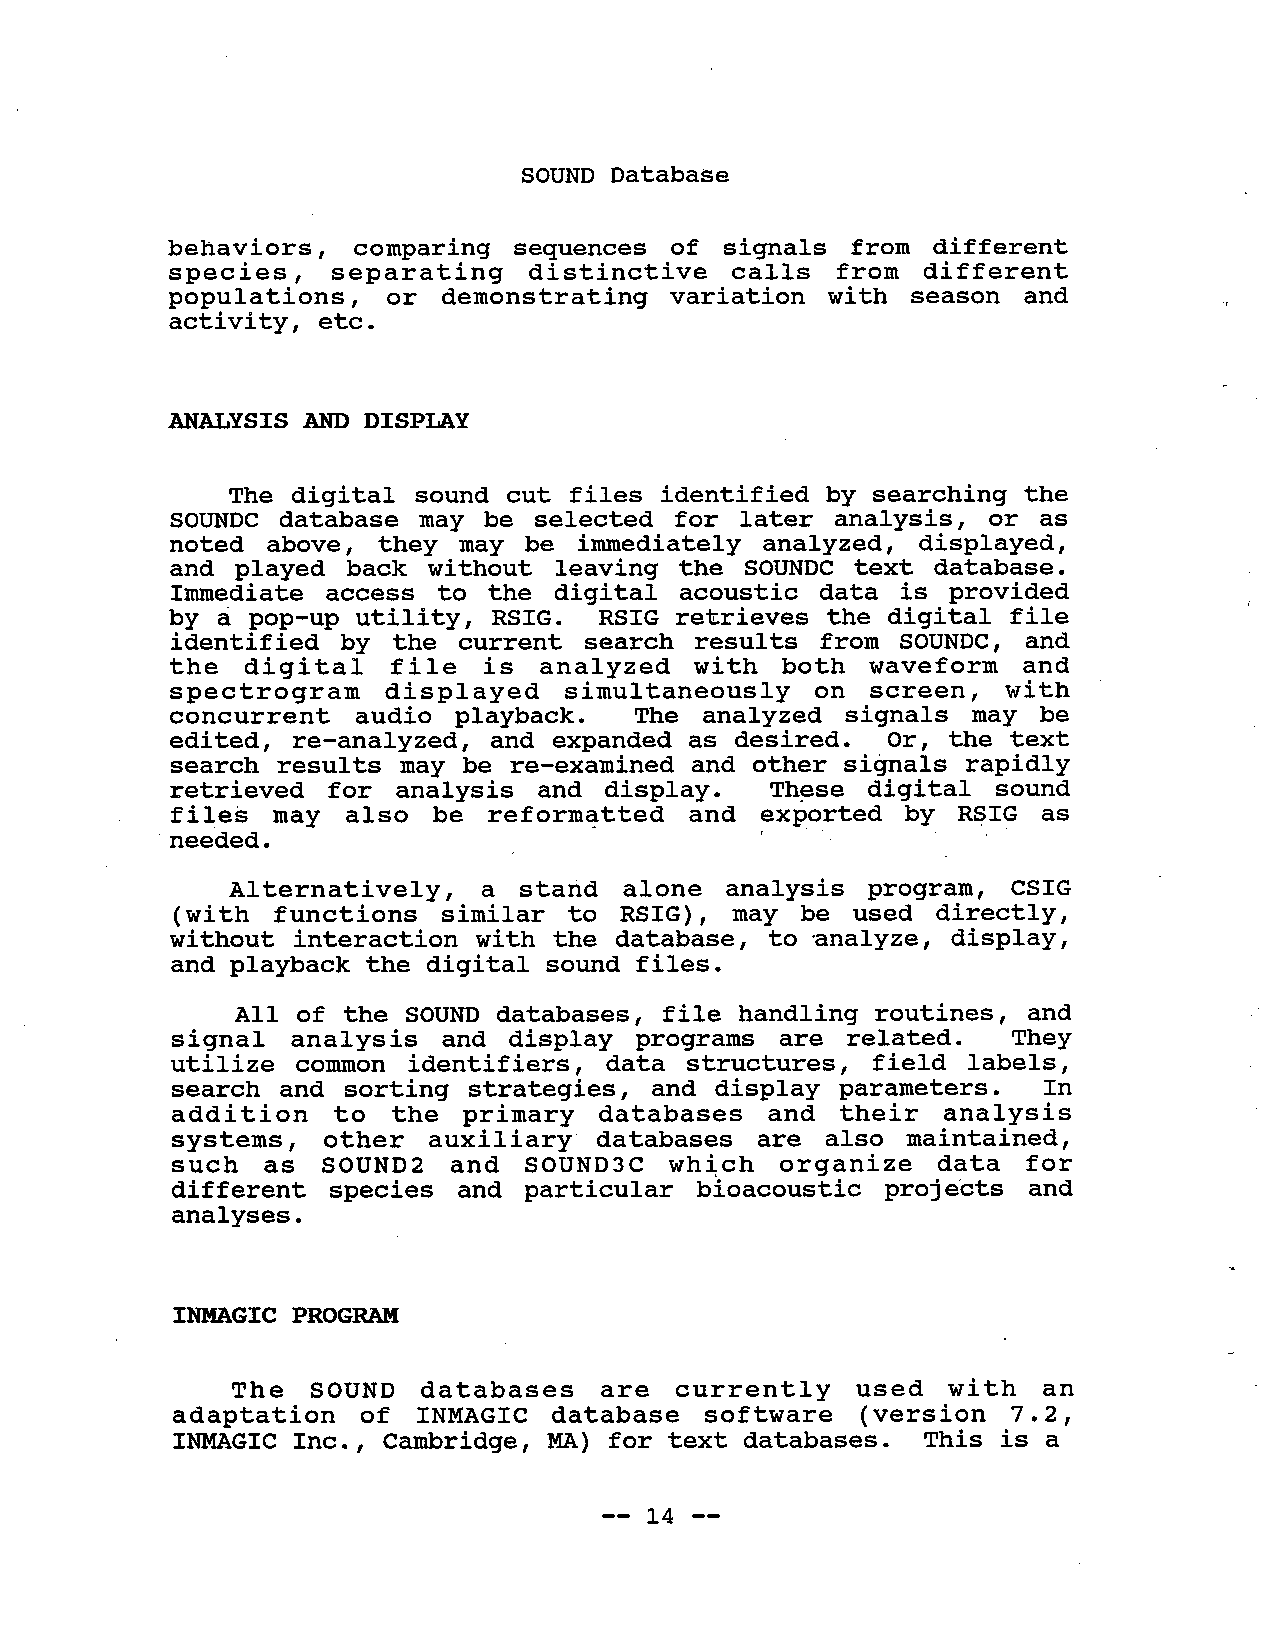
SOUND Database
 behaviors,  comparing sequences  of signals  from different
 species,   separating    distinctive calls  from  different
 populations,  or  demonstrating  variation with  season and
 acti vi ty, etc.
 ANALYSIS  AN DISPLAY
 The digital sound cut files identified  by searching the
 SOUNDC  database may be selected  for later analysis, or  as
 noted above,  they may  be immediately analyzed, displayed,
 and played  back without leaving  the SOUNDC text database.
 Immediate  access to the digital  acoustic data is provided
 by a pop-up  utility, RSIG. RSIG retrieves the digital  file
 identif  ied by the current search results from  SOUNDC, and
 the  digital  file  is  analyzed  with  both  waveform  and
 spectrogram    displayed  simultaneously   on  screen, with
 concurrent  audio  playback.  The analyzed  signals  may  be
 edi ted, re-analyzed, and  expanded as desired. Or, the text
 search results may be  re-examined and other signals rapidly
 needed.                           '        '       ,
 retrieved  for analysis  and  display. These  digital sound
 files  may  also be  reformattedand   exported  by  RSIG  as
 Al ternatively,  a stand  alone analysis  program,  CSIG
 (wi th functions similar  to RSIG), may  be used directly,
 wi thout interaction with the database, to analyze, display,
 and playback the digital sound files.
 All of the SOUND databases, file handling routines, and
 signal  analysis  and display  programs  are  related.  They
 utilize  common identifiers, data structures, field  labels,
 search  and sorting strategies, and display  parameters.  In
 addi  tion  to the primary  databases   and their  analysis
 systems,  other  auxiliary databases  are also  maintained,
 such  as  SOUND2  and  SOUND3C  whi,ch  organize   data  for
 different  species and particular bioacoustic  proj eCts and
 analyses.
 INMGIC   PROGRA
 The  SOUND  databases   are  currently   used  wi th  an
 adaptation   of INMAGIC  database  software  (version  7.2,
 INMGIC  Inc., Camridge,  MA) for text databases.  This is a
 -- 14 --